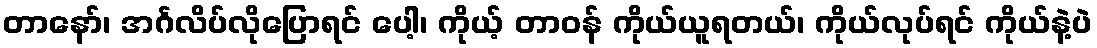
တာနော်၊ အင်္ဂလိပ်လိုပြောရင် ပေါ့၊ ကိုယ့် တာဝန် ကိုယ်ယူရတယ်၊ ကိုယ်လုပ်ရင် ကိုယ်နဲ့ပဲ